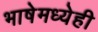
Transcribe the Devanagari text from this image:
भाषेमध्येही